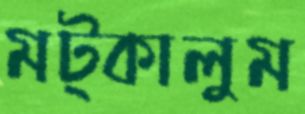
মট্‌কালুম